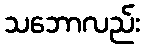
သဘောလည်း